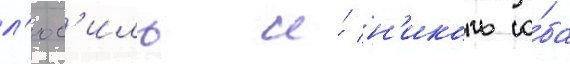
л'юс'иль и́ н'иколь о́ба